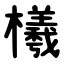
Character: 㰕